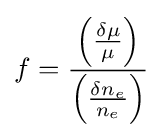
f={\frac {\left({\frac {\delta \mu }{\mu }}\right)}{\left({\frac {\delta n_{e}}{n_{e}}}\right)}}